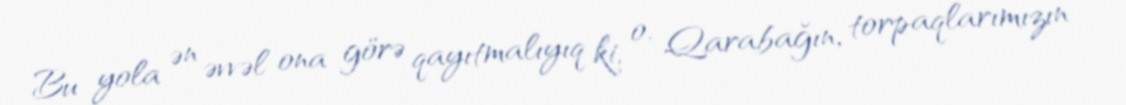
Bu yola ən əvvəl ona görə qayıtmalıyıq ki, o, Qarabağın, torpaqlarımızın